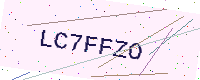
Text: LC7FFZO